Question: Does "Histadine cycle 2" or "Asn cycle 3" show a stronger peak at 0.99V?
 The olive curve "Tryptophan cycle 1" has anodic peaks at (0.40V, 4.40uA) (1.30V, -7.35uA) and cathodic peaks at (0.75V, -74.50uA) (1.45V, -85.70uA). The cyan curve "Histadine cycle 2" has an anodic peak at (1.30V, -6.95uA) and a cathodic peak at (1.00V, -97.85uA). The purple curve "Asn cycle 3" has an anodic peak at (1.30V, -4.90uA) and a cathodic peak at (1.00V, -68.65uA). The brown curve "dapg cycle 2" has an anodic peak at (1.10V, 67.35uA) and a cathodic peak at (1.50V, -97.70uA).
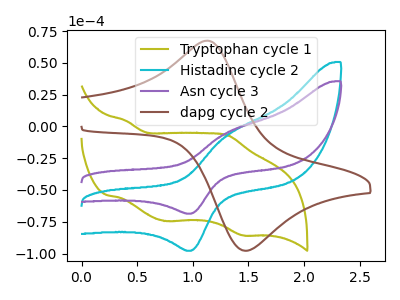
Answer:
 <answer>The peak at 0.99V is higher in "Histadine cycle 2" than in "Asn cycle 3".</answer>
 <eval>higher</eval>